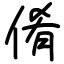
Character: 倄